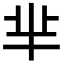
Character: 芈